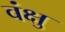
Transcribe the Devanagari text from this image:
वंक्षु